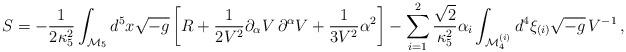
LaTeX: \begin{align*}S=-\frac{1}{2\kappa _5^2}\int _{{\cal M}_5} d^5x \sqrt{-g}\left[ R+\frac{1}{2V^2}\partial _\alpha V\,\partial ^\alpha V+\frac{1}{3V^2}\alpha ^2\right] -\sum_{i=1}^2 \frac{\sqrt{2}}{\kappa _5^2}\alpha _i\int _{{\cal M}_4^{(i)}} d^4 \xi_{(i)} \sqrt{-g}\, V^{-1} \,, \end{align*}